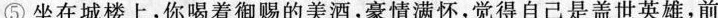
⑤坐在城楼上，你喝着御赐的美酒，豪情满怀，觉得自己是盖世英雄，前